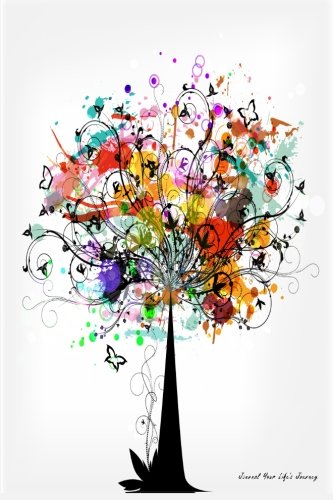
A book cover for Journal Your Life's Journey: Tree Vector Journal, Lined Journal, 6 x 9, 100 Pages; Journal Your Life's Journey; Reference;